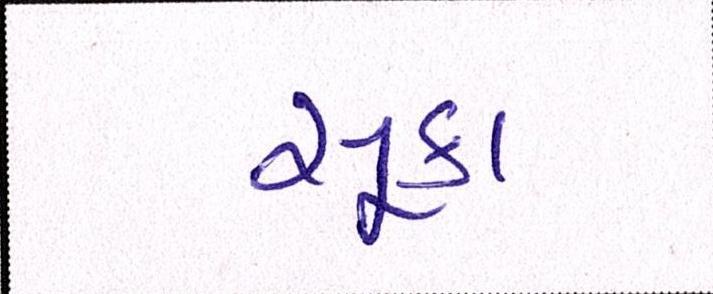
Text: સૂકા